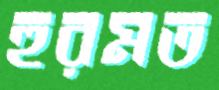
হুরমত